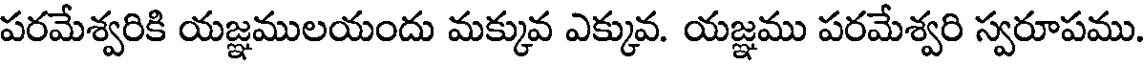
పరమేశ్వరికి యజ్ఞములయందు మక్కువ ఎక్కువ. యజ్ఞము పరమేశ్వరి స్వరూపము.